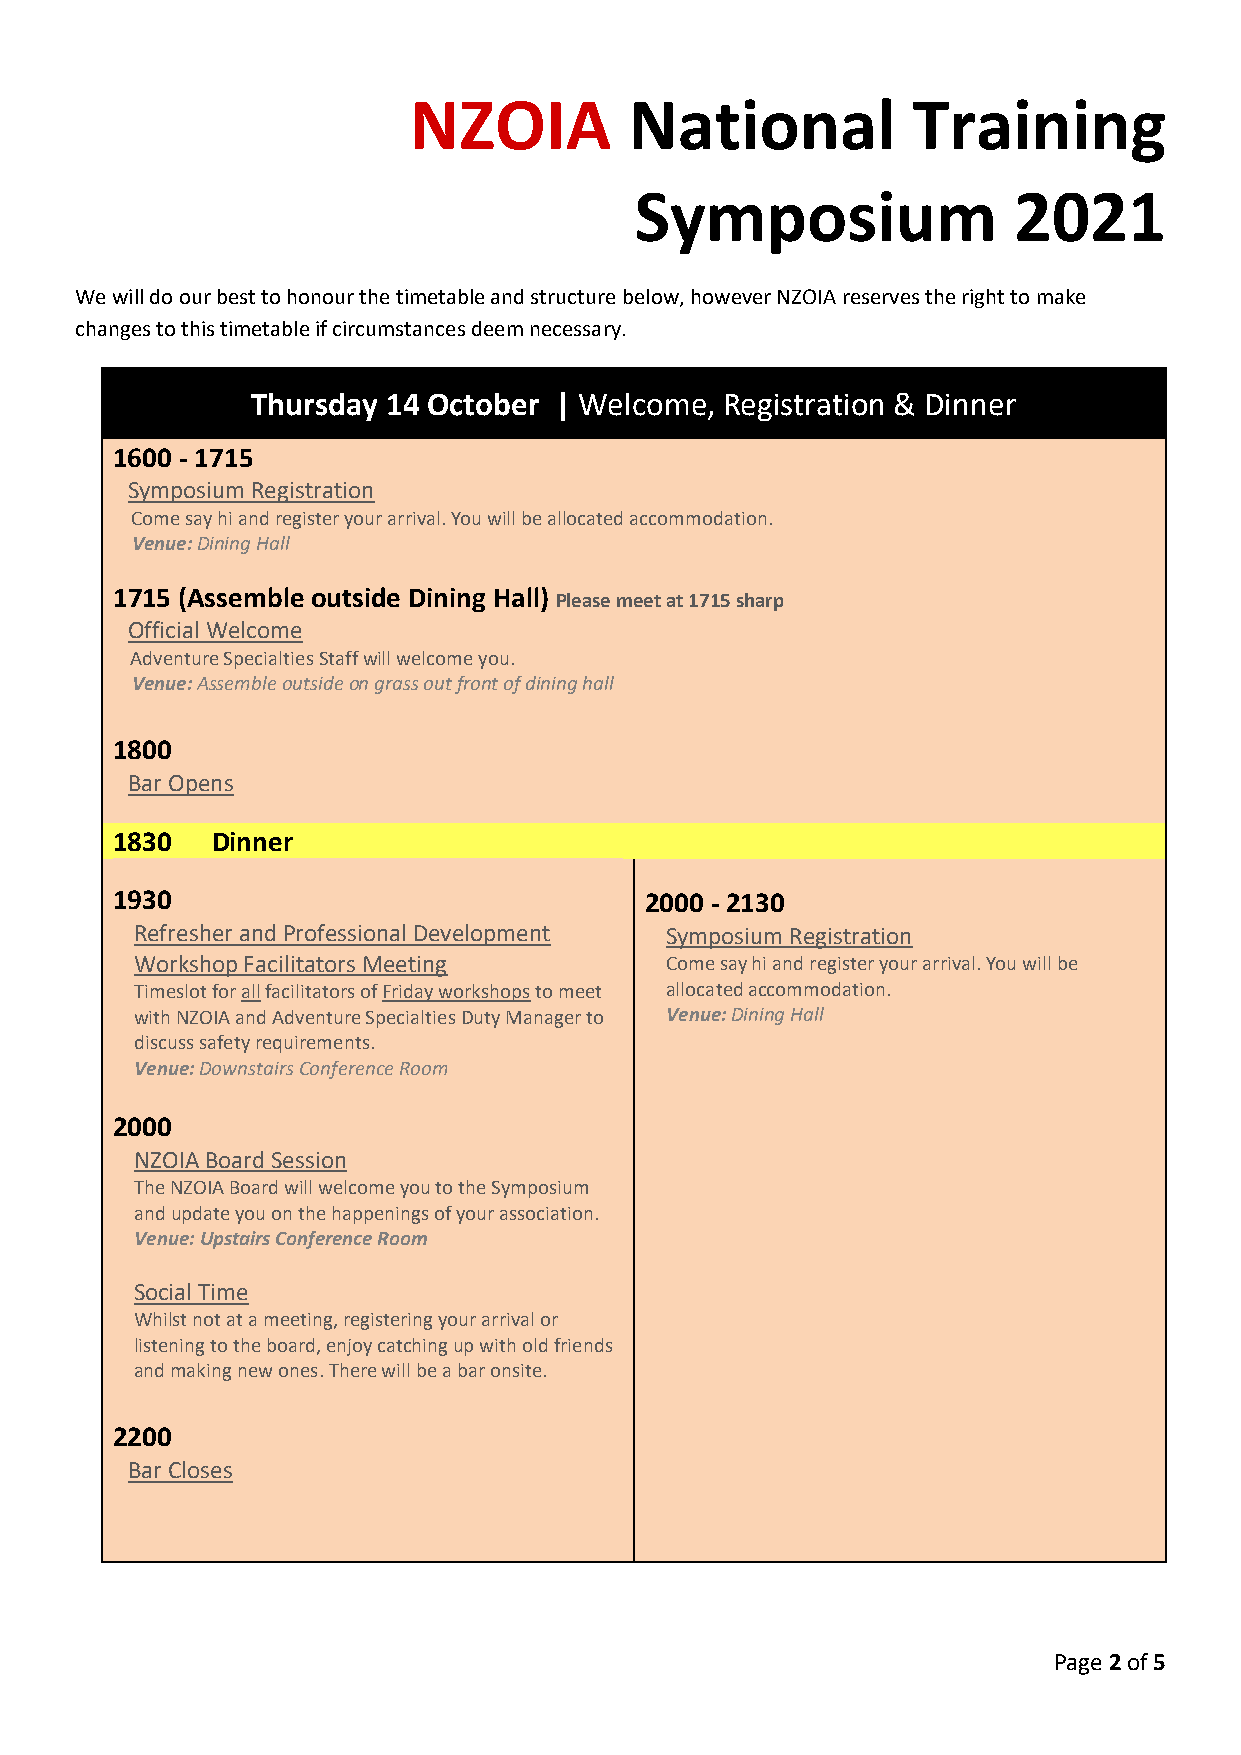
NZOIA          National          Training
 Symposium                2021
 We will do our best to honour the timetable and structure below, however NZOIA reserves the right to make
 changes to this timetable if circumstances deem necessary.
 Thursday 14 October | Welcome, Registration & Dinner
 1600 - 1715
 Symposium Registration
 Come say hi and register your arrival. You will be allocated accommodation.
 Venue: Dining Hall
 1715 (Assemble outside Dining Hall) Please meet at 1715 sharp
 Official Welcome
 Adventure Specialties Staff will welcome you.
 Venue: Assemble outside on grass out front of dining hall
 1800
 Bar Opens
 1830   Dinner
 1930                                2000 - 2130
 Refresher and Professional Development Symposium Registration
 Workshop Facilitators Meeting      Come say hi and register your arrival. You will be
 Timeslot for all facilitators of Friday workshops to meet allocated accommodation.
 with NZOIA and Adventure Specialties Duty Manager to Venue: Dining Hall
 discuss safety requirements.
 Venue: Downstairs Conference Room
 2000
 NZOIA Board Session
 The NZOIA Board will welcome you to the Symposium
 and update you on the happenings of your association.
 Venue: Upstairs Conference Room
 Social Time
 Whilst not at a meeting, registering your arrival or
 listening to the board, enjoy catching up with old friends
 and making new ones. There will be a bar onsite.
 2200
 Bar Closes
 Page 2 of 5